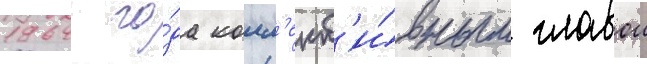
1964 го́да колл'ект'и́вным главои